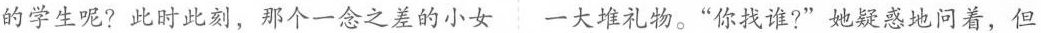
的学生呢?此时此刻，那个一念之差的小女大堆礼物。”你找谁?”她疑惑地问着，但